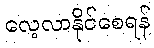
လေ့လာနိုင်စေရန်